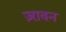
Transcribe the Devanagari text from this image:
ज़्रावन